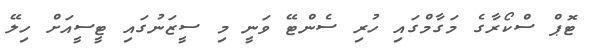
ޓޮޕް ސްކޯރާގެ މަގާމްގައި ހުރި ސެންޓޭ ވަނީ މި ސީޒަނުގައި ޓީސީއަށް ހިލޭ